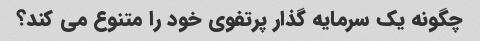
چگونه یک سرمایه گذار پرتفوی خود را متنوع می کند؟